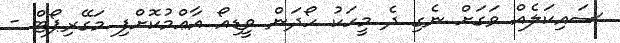
ސައިކަލެއް ވަގަށް ނެގި ދެ މީހަކު ހޯދަން ވީޑިއޯ އާޢްމުކޮށްފި މަގޭރިޕޯޓް -